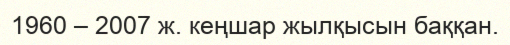
1960 – 2007 ж. кеңшар жылқысын баққан.